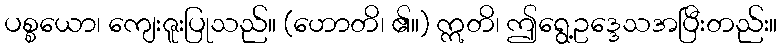
ပစ္စယော၊ ကျေးဇူးပြုသည်။ (ဟောတိ၊ ၏။) ဣတိ၊ ဤရွေ့ဥဒ္ဒေသအပြီးတည်း။